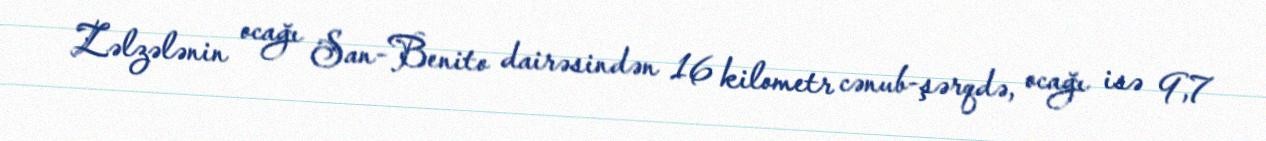
Zəlzələnin ocağı San-Benito dairəsindən 16 kilometr cənub-şərqdə, ocağı isə 9,7